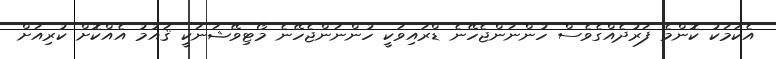
އެކަމަކު ކޮންމެ ފަރުދެއްގެވެސް ހުންނަންޖެހޭނެ ޑްރައިވަކީ ހުންނަންޖެހޭނެ މޯޓިވޭޝަނަކީ ޤައުމު އެއްކޮށް ކުރިއަށް